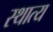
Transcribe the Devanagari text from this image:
स्थात्य